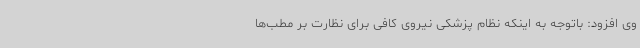
وی افزود: باتوجه به اینکه نظام پزشکی نیروی کافی برای نظارت بر مطب‌ها